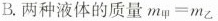
B.两种液体的质量m_甲 = m_乙